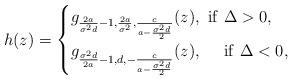
LaTeX: \begin{align*}h(z)=\begin{cases}g_{\frac{2a}{\sigma^2d}-1,\frac{2a}{\sigma^2},\frac{c}{a-\frac{\sigma^2d}{2}}}(z), \ \rm{if} \ \Delta > 0, \\g_{\frac{\sigma^2d}{2a}-1,d,-\frac{c}{a-\frac{\sigma^2d}{2}}}(z), \ \ \ \ \rm{if} \ \Delta < 0,\end{cases}\\\end{align*}